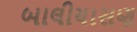
બાલીયાસણ